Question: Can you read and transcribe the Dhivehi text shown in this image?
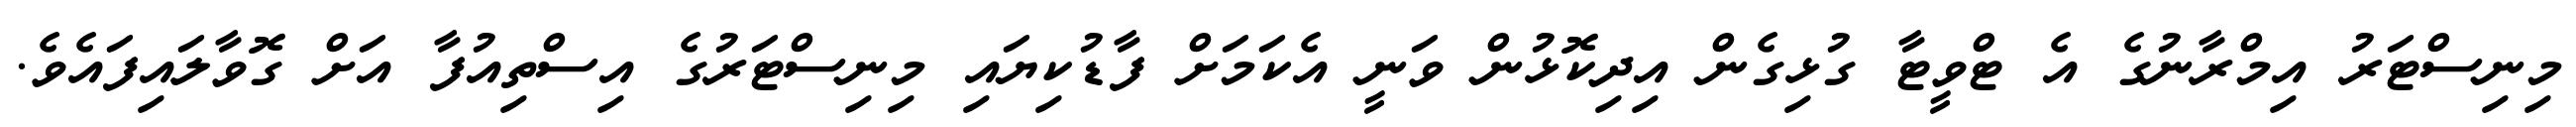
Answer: މިނިސްޓަރު އިމްރާނުގެ އެ ޓްވީޓާ ގުޅިގެން އިދިކޮޅުން ވަނީ އެކަމަށް ފާޑުކިޔައި މިނިސްޓަރުގެ އިސްތިއުފާ އަށް ގޮވާލައިފައެވެ.